Report on vaccination in Madras 1895-1903 - 1895-1903
Year: 1895
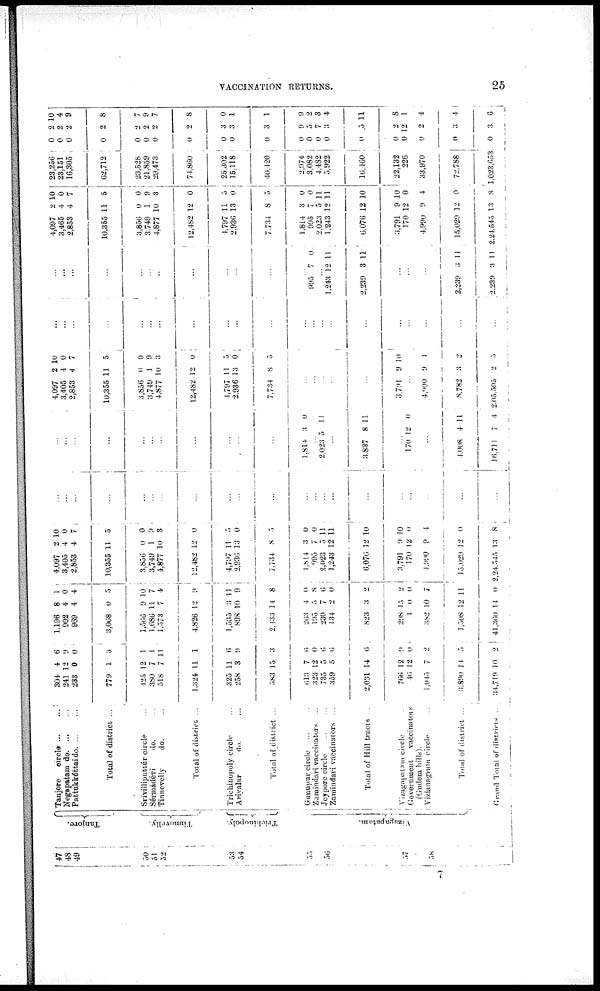
VACCINATION RETURNS.
25
47
48
49
50
51
52
53
54
55
50
58
Tanjore.
Tinnevolly.
Trichinopoly.
Vizagapatam.
Tanjore
circle
...
...
Negapatam do
...
...
Pattukkóttai do
...
...
Total of district ...
Srivilliputttúr circle ...
Sérmádévi
do. ...
Tinnevelly
do. ...
Total of district ...
Trichinopoly circle ...
Ariyalur
do. ...
Total of district ...
Gunupur circle ... ...
Zamindari vaccinators ...
Jeypore circle
...
...
Zamindari vaccinators ...
Total of Hill tracts ...
Vizagapatam circle ...
Government
vaccinator
(Gudem hills).
Viziunngram circle ...
Total of district ...
Grand Total of districts ...
304
241
238
779
425
380
518
1,324
325
258
383
613
323
735
359
2,031
766
16
1,045
3,890
34,710
4
12
0
1
12
7
7
11
11
3
15
7
12
5
5
14
12
12
7
14
10
6
9
0
3
1
1
11
1
6
9
3
6
0
6
6
6
9
0
2
5
2
1,196
902
969
3,068
1,566
1,680
1,573
4,826
1,535
898
2,433
203
195
230
134
823
298
4
382
1,508
41,360
8
4
4
0
9
11
7
12
3
10
14
4
5
7
2
3
15
0
10
12
14
1
0
4
5
10
7
4
9
11
9
8
0
8
0
0
2
2
0
7
11
0
4,097
3,405
2,853
10,355
3,850
3,749
4,877
12,482
4,797
2,930
7,734
1,814
095
2,023
1,243
6,070
3,791
170
4,990
15,020
2,24,545
2
4
4
11
0
1
10
12
11
13
8
3
7
5
12
12
0
12
9
12
13
10
0
7
5
0
9
3
0
5
0
5
0
0
11
11
10
10
0
4
0
8
...
...
...
...
...
...
...
...
...
...
...
...
...
...
...
...
...
...
...
...
...
...
...
...
...
...
...
...
...
...
...
...
1,814 3 0
...
2,023 5 11
...
3,837 8 11
...
170 12 0
...
4,008
16,711
4
7
11
4
4,097
3,405
2,853
10,355
3,856
3,749
4,877
12,482
4,797
2.936
7,734
2
4
4
11
0
1
10
12
11
13
8
10
0
7
5
0
9
3
0
...
0
5
...
...
...
...
...
3,791 9 10
...
4,990
8,782
2,05,595
9
3
2
1
2
5
...
...
...
...
...
...
...
...
...
...
...
...
...
...
...
...
...
...
...
...
...
...
...
...
...
...
...
...
...
...
...
...
...
995 7 0
...
1,243
2,239
12
3
11
11
...
...
...
2,239
2,239
3
3
11
11
4,097
3,465
2,853
10,355
3,856
3,749
4,877
12,482
4,797
2,936
7,734
1,814
995
2,023
1,243
6,076
3,791
170
4,990
15,029
2,24,545
2
4
4
11
0
1
10
12
11
13
8
3
7
5
12
12
9
12
9
12
13
10
0
7
5
0
9
3
0
5
0
5
0
0
11
11
10
10
0
4
0
8
23,256 23,151 16,305
62,712
23,528
21,859
29,473
74,860
25,302
15,118
40,420
2,974
3,082
4,482
5,922
16,460
22,132
226
33,970
72,788
1,023,653.
0
0
0
0
0
0
0
0
0
0
0
0
0
0
0
0
0
0
0
0
0
2
2
2
2
2
2
2
2
3
3
3
9
5
7
3
5
2
12
2
3
3
10
4
9
8
7
9
7
8
0
1
1
9
2
3
4
11
8
1
4
4
6
7